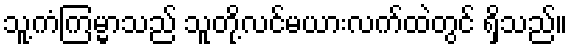
သူ့ကံကြမ္မာသည် သူတို့လင်မယားလက်ထဲတွင် ရှိသည်။